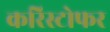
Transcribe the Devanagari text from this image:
करिस्टोफर